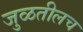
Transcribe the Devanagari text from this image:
जुळतीलच